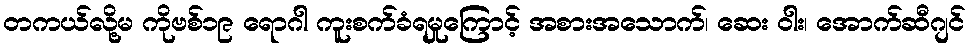
တကယ်လို့မ ကိုဗစ်၁၉ ရောဂါ ကူးစက်ခံရမှုကြောင့် အစားအသောက်၊ ဆေး ဝါး၊ အောက်ဆီဂျင်